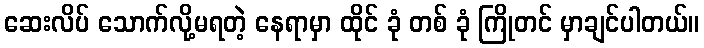
ဆေးလိပ် သောက်လို့မရတဲ့ နေရာမှာ ထိုင် ခုံ တစ် ခုံ ကြိုတင် မှာချင်ပါတယ်။